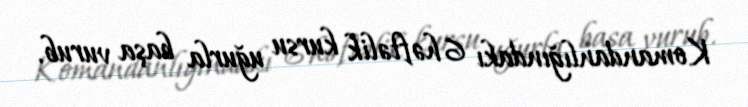
Komandanlığındakı 6 həftəlik kursu uğurla başa vurub.